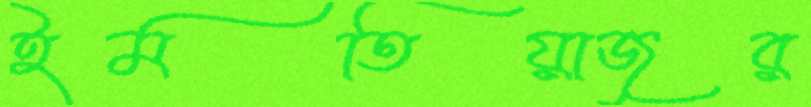
ইমতিয়াজুর